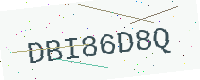
Text: DBI86D8Q